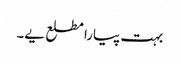
بہت پیارا مطلع یے۔